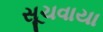
સૂચવાયા